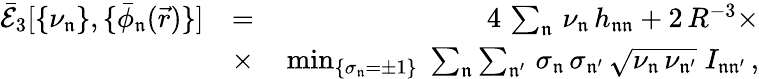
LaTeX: \begin{array}{rlr}{\mathcal{\bar{E}}_{3}[\{ \nu_{\mathfrak{n}}\} ,\{ \bar{\phi}_{\mathfrak{n}}(\vec{r})\} ]}&{=}&{4\, \sum_{\mathfrak{n}}\, \nu_{\mathfrak{n}}\, h_{\mathfrak{n}\mathfrak{n}}+2\, R^{-3}\times}\\ &{\times}&{\, \operatorname*{min}_{\{ \sigma_{\mathfrak{n}}=\pm 1\} }\; \sum_{\mathfrak{n}}\sum_{\mathfrak{n^{\prime}}}\, \sigma_{\mathfrak{n}}\, \sigma_{\mathfrak{n^{\prime}}}\, \sqrt{\nu_{\mathfrak{n}}\, \nu_{\mathfrak{n^{\prime}}}}\; I_{\mathfrak{n}\mathfrak{n^{\prime}}}\, ,}\end{array}